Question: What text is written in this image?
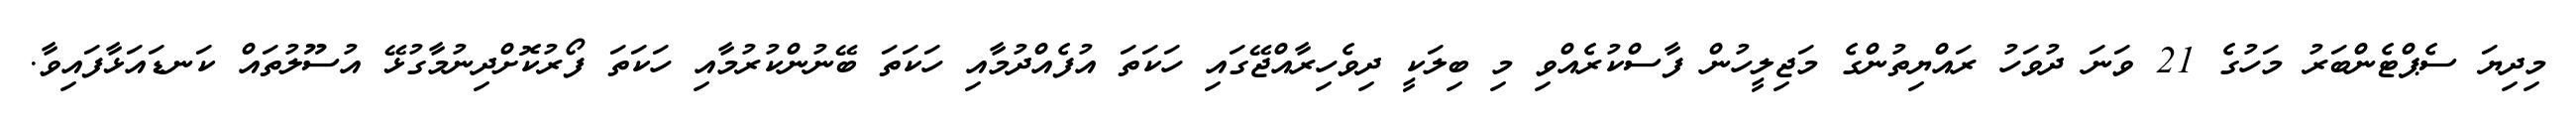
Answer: މިދިޔަ ސެޕްޓެންބަރު މަހުގެ 21 ވަނަ ދުވަހު ރައްޔިތުންގެ މަޖިލީހުން ފާސްކުރެއްވި މި ބިލަކީ ދިވެހިރާއްޖޭގައި ހަކަތަ އުފެއްދުމާއި ހަކަތަ ބޭނުންކުރުމާއި ހަކަތަ ފޯރުކޮށްދިނުމާގުޅޭ އުސޫލުތައް ކަނޑައަޅާފައިވާ.